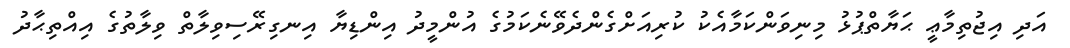
އަދި އިޖުތިމާޢީ ޙަޔާތްޕުޅު މިނިވަންކަމާއެކު ކުރިއަށްގެންދެވޭނެކަމުގެ އުންމީދު އިންޑިޔާ އިނގިރޭސިވިލާތް ވިލާތުގެ އިއްތިޙާދު